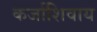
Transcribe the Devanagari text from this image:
कर्जाशिवाय